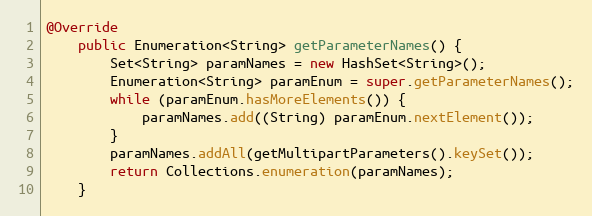
Language: Java
@Override
    public Enumeration<String> getParameterNames() {
        Set<String> paramNames = new HashSet<String>();
        Enumeration<String> paramEnum = super.getParameterNames();
        while (paramEnum.hasMoreElements()) {
            paramNames.add((String) paramEnum.nextElement());
        }
        paramNames.addAll(getMultipartParameters().keySet());
        return Collections.enumeration(paramNames);
    }